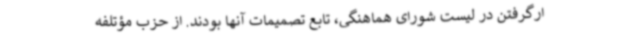
ارگرفتن در لیست شورای هماهنگی، تابع تصمیمات آنها بودند. از حزب مؤتلفه